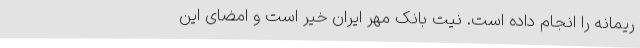
ریمانه را انجام داده است. نیت بانک مهر ایران خیر است و امضای این